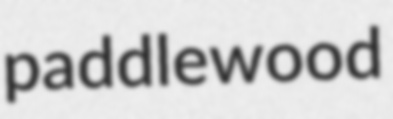
paddlewood